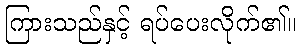
ကြားသည်နှင့် ရပ်ပေးလိုက်၏။